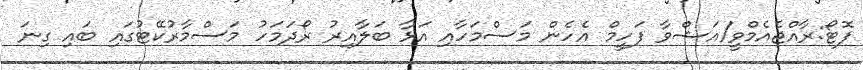
ފޮޓޯ:ރާއްޖެއެމްވީ/އަޝްވާ ފަހީމް އެހެން މަސްމަހާއި އަޅާ ބަލާއިރު ރޯދަމަހު މަސްމާރުކޭޓުގައި ބައި ގިނަ